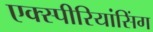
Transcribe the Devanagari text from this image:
एक्स्पीरियांसिंग